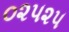
૦૨૫૨૫